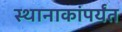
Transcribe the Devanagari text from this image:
स्थानाकांपर्यंत